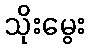
သိုးမွေး